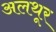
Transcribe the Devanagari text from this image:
अलथूर